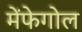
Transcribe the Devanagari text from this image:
मेंफेगोल